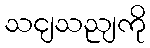
သငျသညျကို